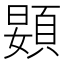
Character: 𱂙